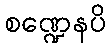
စဏ္ဍေနပိ